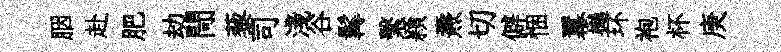
胭赴肥劫閜藜司淺谷髯繫頴燾切僻悃羃樾环袍杯庚